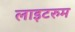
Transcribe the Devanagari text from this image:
लाइटरुम